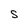
Character: S